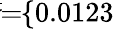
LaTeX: \! \! \! \overline{{\sigma}}\! \! =\! \! \{ 0.0123\} \! \! \!